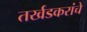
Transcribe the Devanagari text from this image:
तर्खडकरांचे